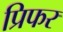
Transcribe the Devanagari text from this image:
प्रिफर